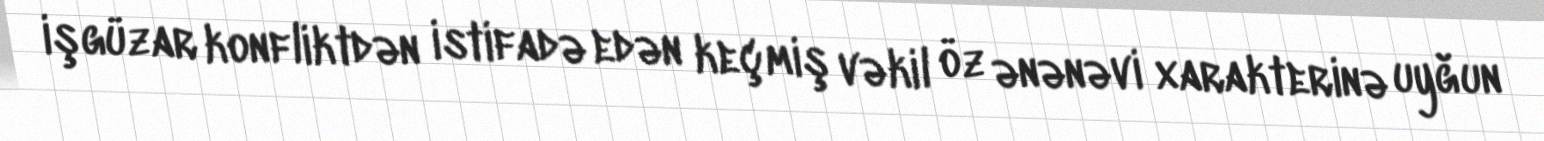
işgüzar konfliktdən istifadə edən keçmiş vəkil öz ənənəvi xarakterinə uyğun